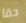
حقا